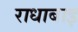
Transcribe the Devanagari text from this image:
राधाबाइ